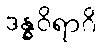
ဒန္ဓဝိရာဂိ